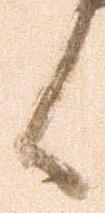
候